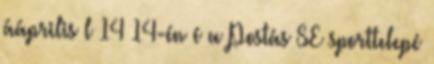
ááprilis l 14 14-én é a Postás SE sporttelepé